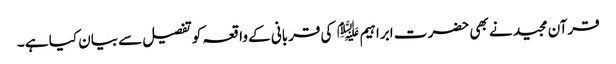
قرآن مجید نے بھی حضر ت ابراہیم ﷤ کی قربانی کے واقعہ کوتفصیل سے بیان کیا ہے ۔